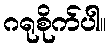
ဂရုစိုက်ပါ။